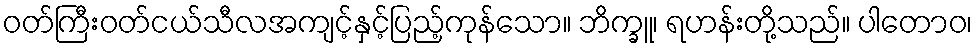
ဝတ်ကြီးဝတ်ငယ်သီလအကျင့်နှင့်ပြည့်ကုန်သော။ ဘိက္ခူ၊ ရဟန်းတို့သည်။ ပါတောဝ၊